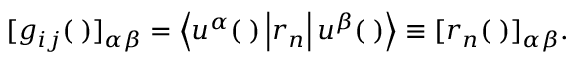
\begin{array} { r } { [ g _ { i j } ( { \bf \Pi } ) ] _ { \alpha \beta } = \left< u ^ { \alpha } ( { \bf \Pi } ) \vphantom { r _ { n } } \vphantom { u ^ { \beta } ( { \bf \Pi } ) } \left| r _ { n } \vphantom { u ^ { \alpha } ( { \bf \Pi } ) } \vphantom { u ^ { \beta } ( { \bf \Pi } ) } \right| u ^ { \beta } ( { \bf \Pi } ) \vphantom { u ^ { \alpha } ( { \bf \Pi } ) } \vphantom { r _ { n } } \right> \equiv [ r _ { n } ( { \bf \Pi } ) ] _ { \alpha \beta } . } \end{array}